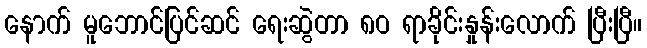
နောက် မူဘောင်ပြင်ဆင် ရေးဆွဲတာ ၈ဝ ရာခိုင်းနှုန်းလောက် ပြီးပြီ။